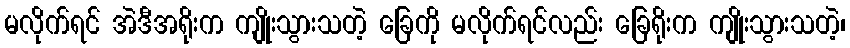
မလိုက်ရင် အဲဒီအရိုးက ကျိုးသွားသတဲ့ ခြေကို မလိုက်ရင်လည်း ခြေရိုးက ကျိုးသွားသတဲ့၊